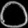
Digit: ၀